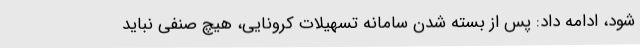
شود، ادامه داد: پس از بسته شدن سامانه تسهیلات کرونایی، هیچ صنفی نباید